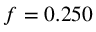
\mathnormal { f } = 0 . 2 5 0